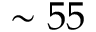
\sim 5 5